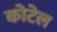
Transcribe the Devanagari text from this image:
कोटेल